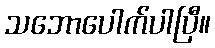
သဘောပေါက်ပါပြီ။